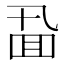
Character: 𪜖